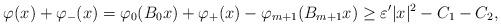
LaTeX: \begin{align*} \varphi(x)+\varphi_-(x)=\varphi_0(B_0 x) + \varphi_+(x) - \varphi_{m+1}(B_{m+1} x) \ge \varepsilon' |x|^2 - C_1 - C_2,\end{align*}